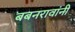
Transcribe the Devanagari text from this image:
बबनरावांनी